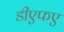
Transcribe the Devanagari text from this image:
डीएफए